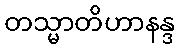
တသ္မာတိဟာနန္ဒ